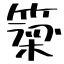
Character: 簗